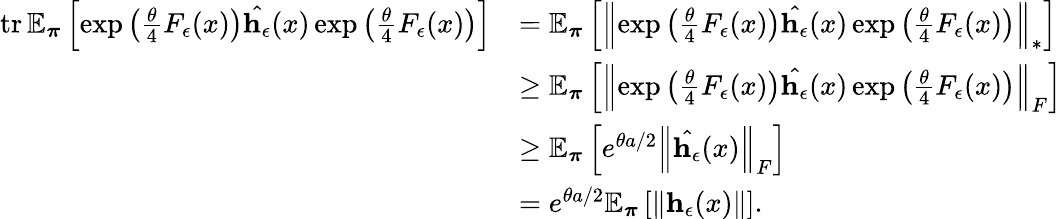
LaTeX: \begin{array}{rl}{\operatorname{tr}\mathbb{E}_{\boldsymbol\pi}\left[\exp\left(\frac{\theta}{4}F_{\epsilon}(x)\right)\hat{\mathbf{h}_{\epsilon}}(x)\exp\left(\frac{\theta}{4}F_{\epsilon}(x)\right)\right]}&{=\mathbb{E}_{\boldsymbol\pi}\left[\left\lVert\exp\left(\frac{\theta}{4}F_{\epsilon}(x)\right)\hat{\mathbf{h}_{\epsilon}}(x)\exp\left(\frac{\theta}{4}F_{\epsilon}(x)\right)\right\rVert_{*}\right]}\\ &{\geq\mathbb{E}_{\boldsymbol\pi}\left[\left\lVert\exp\left(\frac{\theta}{4}F_{\epsilon}(x)\right)\hat{\mathbf{h}_{\epsilon}}(x)\exp\left(\frac{\theta}{4}F_{\epsilon}(x)\right)\right\rVert_{F}\right]}\\ &{\geq\mathbb{E}_{\boldsymbol\pi}\left[e^{\theta a/2}\left\lVert\hat{\mathbf{h}_{\epsilon}}(x)\right\rVert_{F}\right]}\\ &{=e^{\theta a/2}\mathbb{E}_{\boldsymbol\pi}\left[\left\lVert\mathbf{h}_{\epsilon}(x)\right\rVert\right].}\end{array}